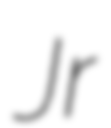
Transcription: Jr